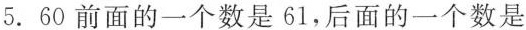
5.60前面的一个数是61，后面的一个数是